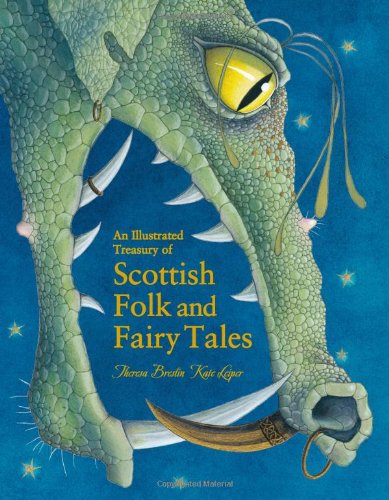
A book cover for An Illustrated Treasury of Scottish Folk and Fairy Tales; Theresa Breslin; Children's Books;